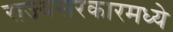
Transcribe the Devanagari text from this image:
राज्यसरकारमध्ये